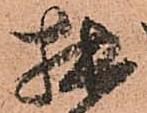
拙